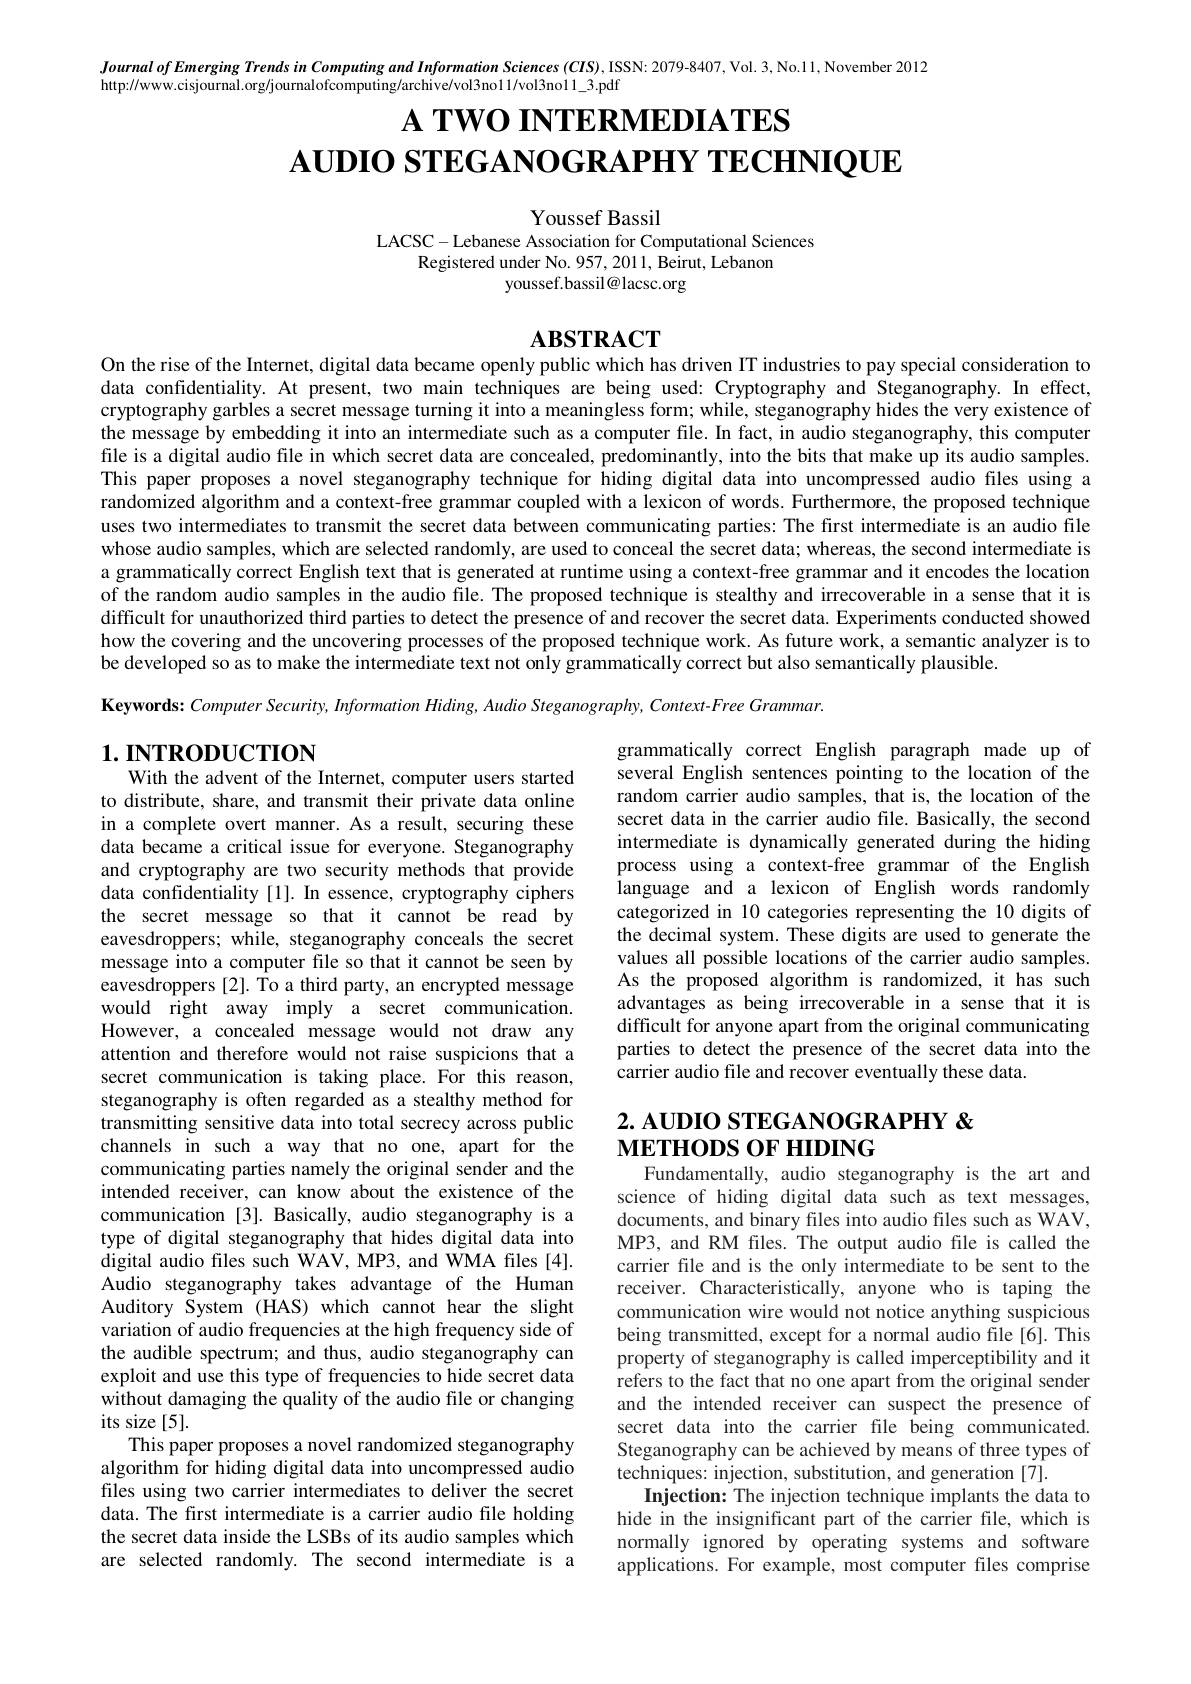
Journal of Emerging Trends in Computing and Information Sciences (CIS), ISSN: 2079-8407, Vol. 3, No.11, November 2012

http://www.cisjournal.org/journalofcomputing/archive/vol3no11/vol3no11_3.pdf

# $\textbf{A TWO INTERMEDIATES}$ $\mathbf{AUDIOSTEGANOGRAPHYTECHNIQUE}$

Youssef Bassil
LACSC- Lebanese Association for Computational Sciences

Registered under No. 957, 2011, Beirut, Lebanon
youssef.bassil@lacsc.org

### $\mathbf{ABSTRACT}$
On the rise of the Internet, digital data became openly public which has driven IT industries to pay special consideration to

data confidentiality. At present, two main techniques are being used: Cryptography and Steganography. In effect, cryptography garbles a secret message turning it into a meaningless form; while, steganography hides the very existence of the message by embedding it into an intermediate such as a computer file. In fact, in audio steganography, this computer file is a digital audio file in which secret data are concealed, predominantly, into the bits that make up its audio samples. This paper proposes a novel steganography technique for hiding digital data into uncompressed audio files using a randomized algorithm and a context-free grammar coupled with a lexicon of words. Furthermore, the proposed technique uses two intermediates to transmit the secret data between communicating parties: The first intermediate is an audio file whose audio samples, which are selected randomly, are used to conceal the secret data; whereas, the second intermediate is a grammatically correct English text that is generated at runtime using a context-free grammar and it encodes the location of the random audio samples in the audio file. The proposed technique is stealthy and irrecoverable in a sense that it is difficult for unauthorized third parties to detect the presence of and recover the secret data. Experiments conducted showed how the covering and the uncovering processes of the proposed technique work. As future work, a semantic analyzer is to be developed so as to make the intermediate text not only grammatically correct but also semantically plausible.

Keywords: Computer Security, Information Hiding, Audio Steganography, Context-Free Grammar.

# 1. INTRODUCTION With the advent of the Internet, computer users started

grammatically correct English paragraph made up of several English sentences pointing to the location of the random carrier audio samples, that is, the location of the secret data in the carrier audio file. Basically, the second intermediate is dynamically generated during the hiding process using a context-free grammar of the English language and a lexicon of English words randomly categorized in 10 categories representing the 10 digits of the decimal system. These digits are used to generate the values all possible locations of the carrier audio samples. As the proposed algorithm is randomized, it has such advantages as being irrecoverable in a sense that it is difficult for anyone apart from the original communicating parties to detect the presence of the secret data into the carrier audio file and recover eventually these data.

# 2. AUDIO STEGANOGRAPHY & $\textbf{М Е Т Н О DS О F Н IDING}$ Fundamentally, audio steganography is the art and

to distribute, share, and transmit their private data online in a complete overt manner. As a result, securing these data became a critical issue for everyone. Steganography and cryptography are two security methods that provide data confidentiality [1]. In essence, cryptography ciphers the secret message so that it cannot be read by eavesdroppers; while, steganography conceals the secret message into a computer file so that it cannot be seen by eavesdroppers[2]. To a third party, an encrypted message would right away imply a secret communication. However, a concealed message would not draw any attention and therefore would not raise suspicions that a secret communication is taking place. For this reason, steganography is often regarded as a stealthy method for transmitting sensitive data into total secrecy across public channels in such a way that no one, apart for the communicating parties namely the original sender and the intended receiver, can know about the existence of the communication [3]. Basically, audio steganography is a type of digital steganography that hides digital data into digital audio files such WAV, MP3, and WMA files [4]. Audio steganography takes advantage of the Human Auditory System (HAS) which cannot hear the slight variation of audio frequencies at the high frequency side of the audible spectrum; and thus, audio steganography can exploit and use this type of frequencies to hide secret data without damaging the quality of the audio file or changing its size [5].
This paper proposes a novel randomized steganography algorithm for hiding digital data into uncompressed audio files using two carrier intermediates to deliver the secret data. The first intermediate is a carrier audio file holding the secret data inside the LSBs of its audio samples which are selected randomly. The second intermediate is a

science of hiding digital data such as text messages documents, and binary files into audio files such as WAV, MP3, and RM files. The output audio file is called the carrier file and is the only intermediate to be sent to the receiver. Characteristically, anyone who is taping the communication wire would not notice anything suspicious being transmitted, except for a normal audio file[6]. This property of steganography is called imperceptibility and it refers to the fact that no one apart from the original sender and the intended receiver can suspect the presence of secret data into the carrier file being communicated. Steganography can be achieved by means of three types of techniques: injection, substitution, and generation [7].
Injection: The injection technique implants the data to hide in the insignificant part of the carrier file, which is normally ignored by operating systems and software applications. For example, most computer files comprise